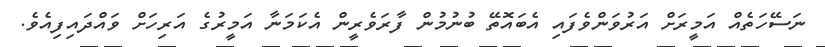
ނަސޭހަތެއް އަމީރަށް އަރުވަންވެފައި އެބައޮތޭ ބުނުމުން ފާރަވެރީން އެކަމަނާ އަމީރުގެ އަރިހަށް ވައްދައިފިއެވެ.